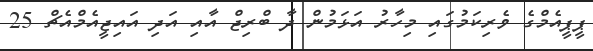
ޕީޕީއެމްގެ ވެރިކަމުގައި މިހާރު އަޅަމުން ދާ ބްރިޖް އާއި އަދި އައިޖީއެމްއެޗް 25